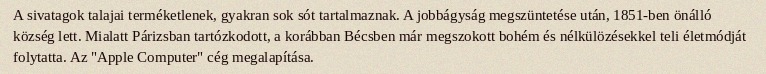
A sivatagok talajai terméketlenek, gyakran sok sót tartalmaznak. A jobbágyság megszüntetése után, 1851-ben önálló község lett. Mialatt Párizsban tartózkodott, a korábban Bécsben már megszokott bohém és nélkülözésekkel teli életmódját folytatta. Az "Apple Computer" cég megalapítása.